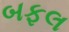
બફલ